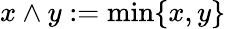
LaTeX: x\wedge y:=\operatorname*{min}\{ x,y\}